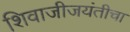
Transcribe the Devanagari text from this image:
शिवाजीजयंतीचा